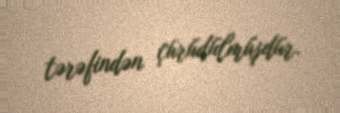
tərəfindən çürüdülmüşdür.